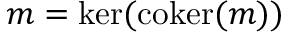
m = \ker ( \operatorname { c o k e r } ( m ) )